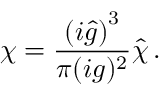
\chi = \frac { \left( i { \hat { g } } \right) ^ { 3 } } { \pi ( i g ) ^ { 2 } } { \hat { \chi } } \, .